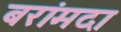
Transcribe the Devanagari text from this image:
बरांमदा